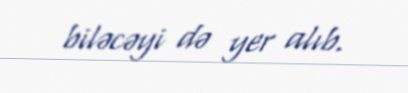
biləcəyi də yer alıb.